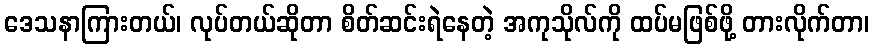
ဒေသနာကြားတယ်၊ လုပ်တယ်ဆိုတာ စိတ်ဆင်းရဲနေတဲ့ အကုသိုလ်ကို ထပ်မဖြစ်ဖို့ တားလိုက်တာ၊